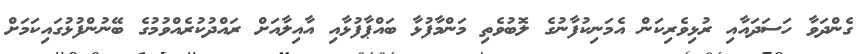
ގެންދަވާ ހަސަދައާއި ރުޅިވެރިކަން އެމަނިކުފާނުގެ ލޮބުވެތި މަންމާފުޅާ ބައްޕާފުޅާއި އާއިލާއަށް ރައްދުކުރެއްވުމުގެ ބޭނުންފުޅުގައިކަމަށް